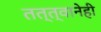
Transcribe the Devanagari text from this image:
तत्त्वानेही